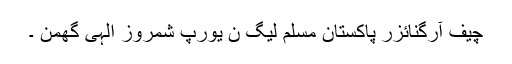
چیف آرگنائزر پاکستان مسلم لیگ ن یورپ شمروز الہی گھمن ۔